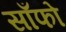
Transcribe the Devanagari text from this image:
साँफो